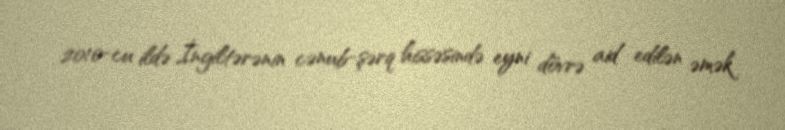
2010-cu ildə İngiltərənin cənub-şərq hissəsində eyni dövrə aid edilən əmək